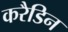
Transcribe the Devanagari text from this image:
करैडिन